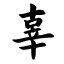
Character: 辜